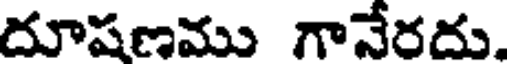
దూషణము గానేరదు.